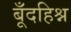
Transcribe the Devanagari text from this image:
बूँदहिश्न